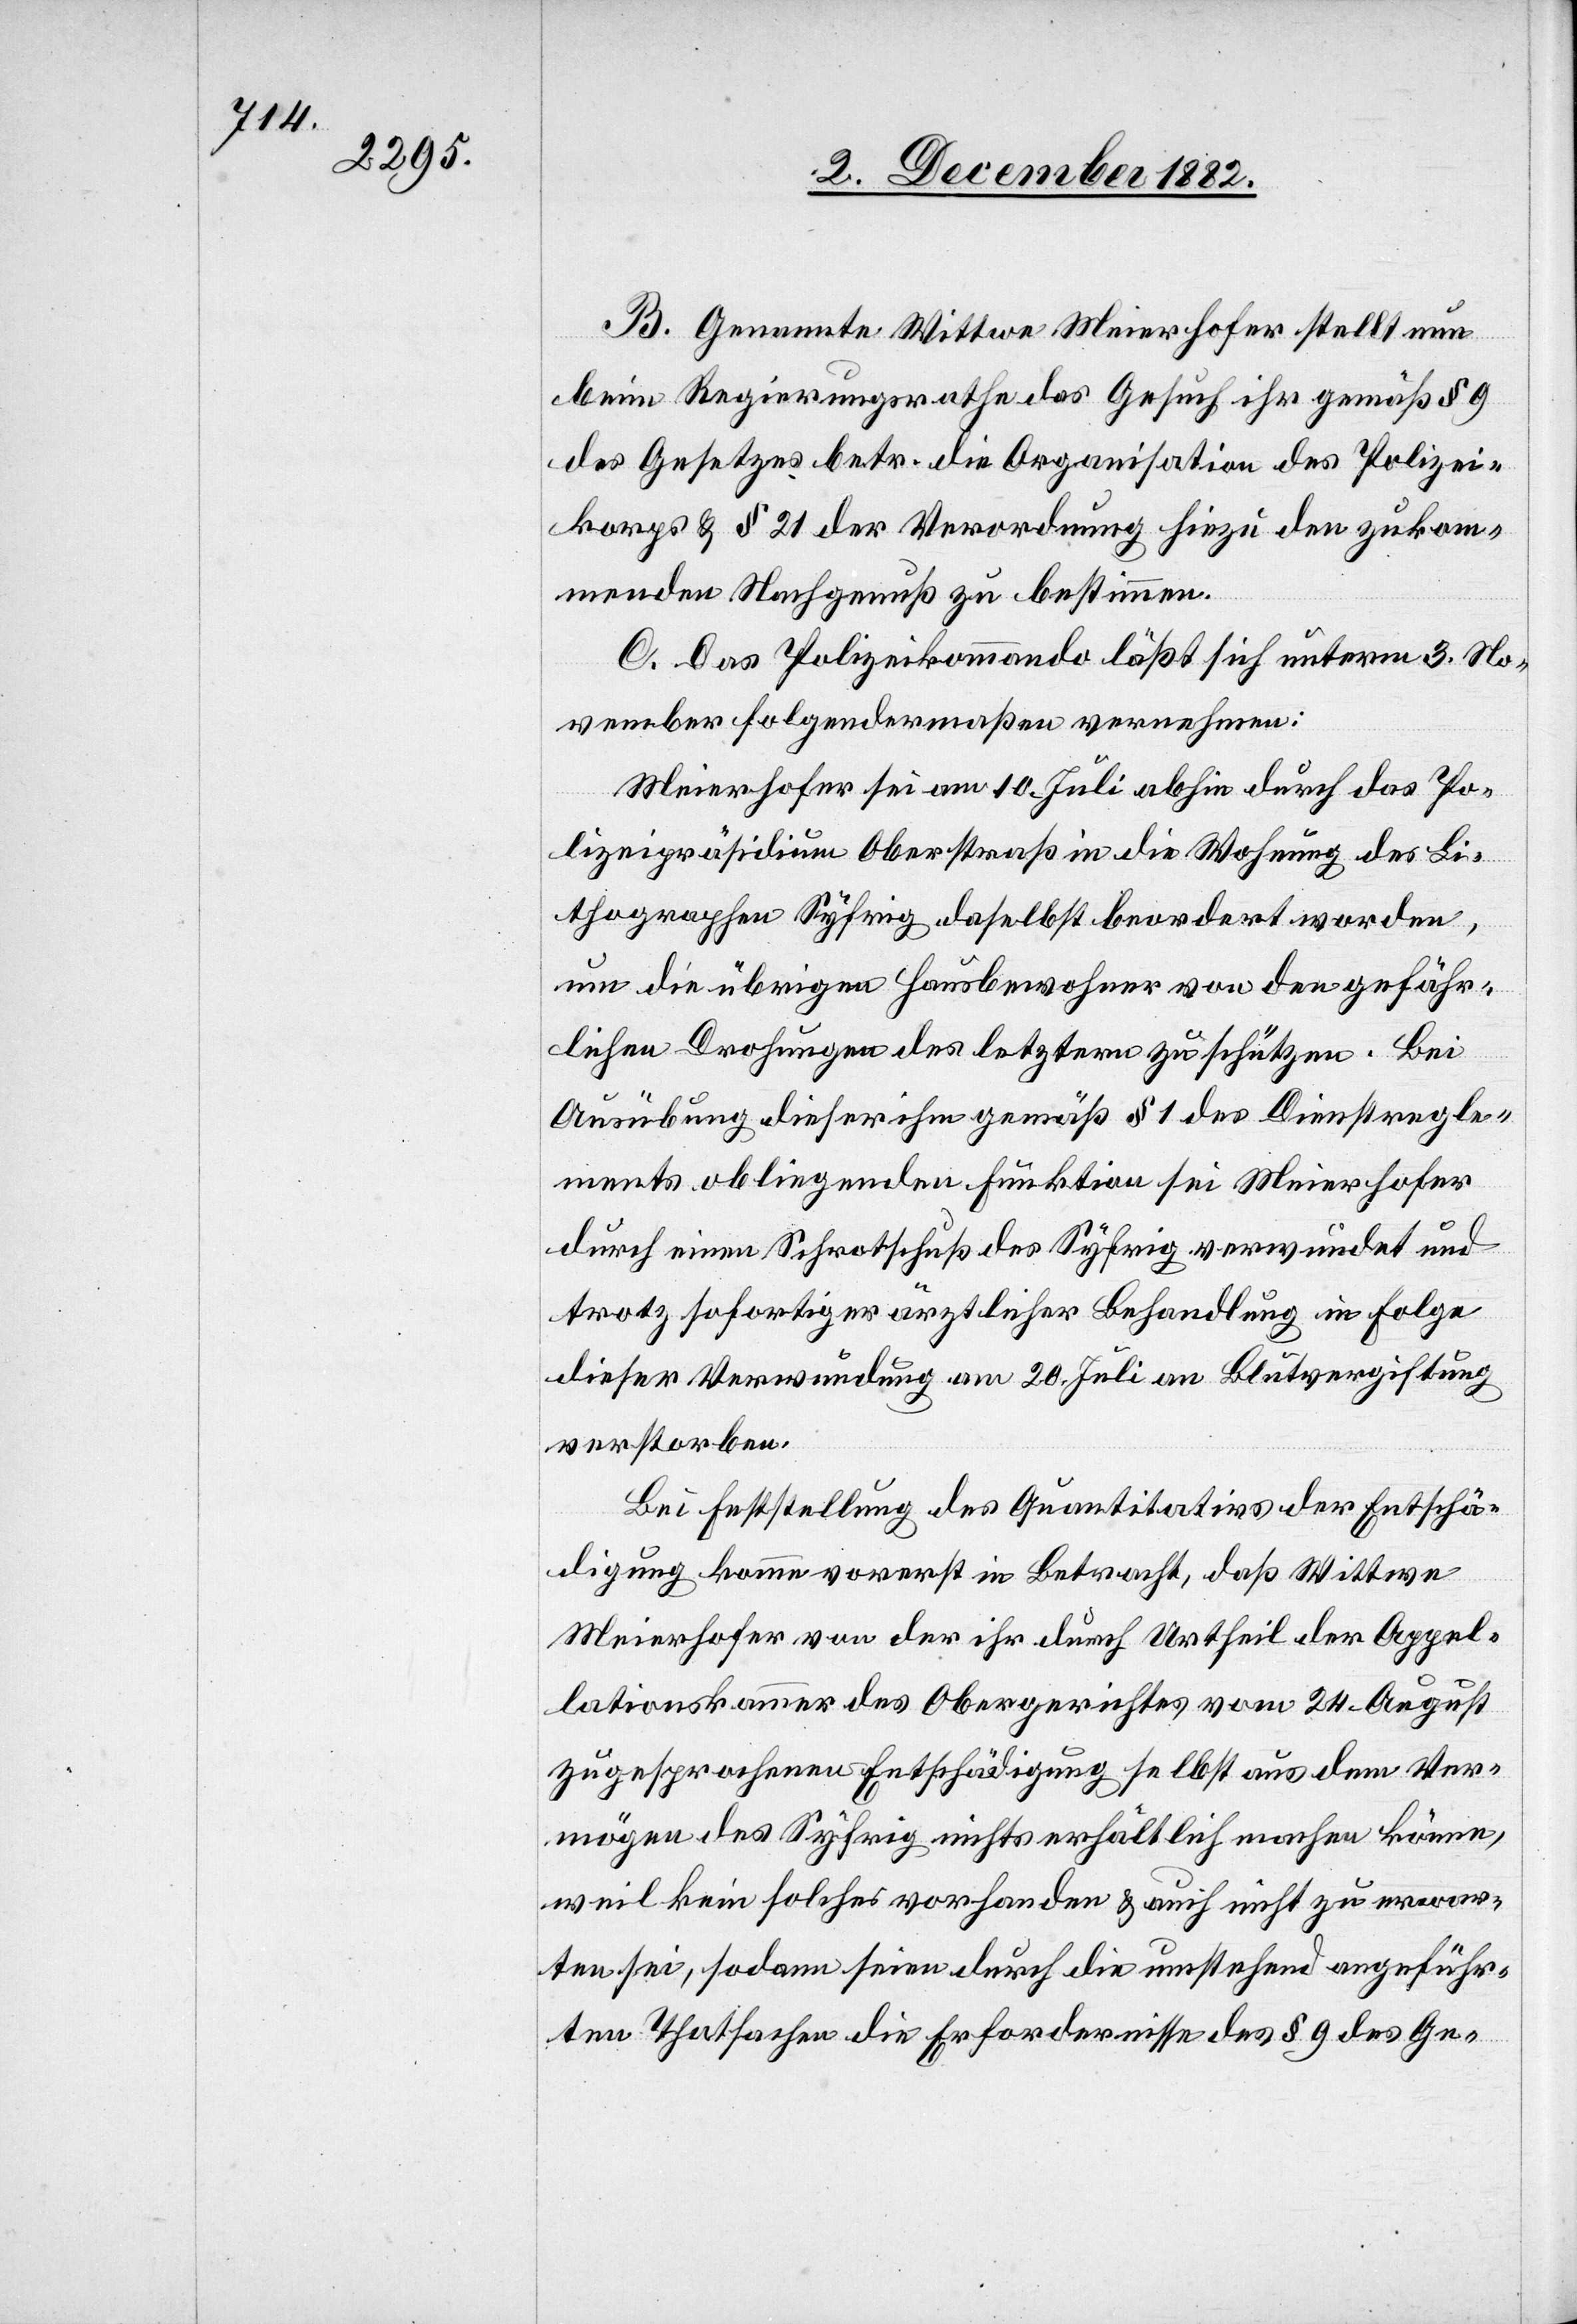
B. Genannte Wittwe Meierhofer stellt nun
beim Regierungsrathe das Gesuch ihr gemäß § 9
des Gesetzes betr. die Organisation des Polizei¬
korps & § 21 der Verordnung hiezu den zukom¬
menden Nachgenuß zu bestimmen.
C. Das Polizeikommando läßt sich unterm 3. No¬
vember folgendermaßen vernehmen:
Meierhofer sei am 10. Juli abhin durch das Po¬
lizeipräsidium Oberstraß in die Wohnung des Li¬
thographen Syfrig daselbst beordert worden,
um die übrigen Hausbewohner von den gefähr¬
lichen Drohungen des letztern zu schützen. Bei
Ausübung dieser ihm gemäß § 1 des Dienstregle¬
ments obliegenden Funktion sei Meierhofer
durch einen Schrotschuß des Syfrig verwundet und
trotz sofortiger ärztlicher Behandlung in Folge
dieser Verwundung am 20. Juli an Blutvergiftung
verstorben.
Bei Feststellung des Quantitativs der Entschä¬
digung komme vorerst in Betracht, daß Wittwe
Meierhofer von der ihr durch Urtheil der Appel¬
lationskammer des Obergerichtes vom 24. August
zugesprochenen Entschädigung selbst aus dem Ver¬
mögen des Syfrig nichts erhältlich machen könne,
weil kein solches vorhanden & auch nicht zu erwar¬
ten sei, sodann seien durch die umstehend angeführ¬
ten Thatsachen die Erfordernisse des § 9 des Ge-